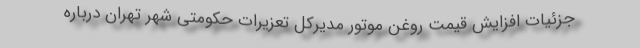
جزئیات افزايش قيمت روغن موتور مدیرکل تعزیرات حکومتی شهر تهران درباره